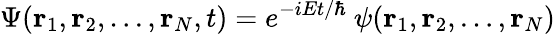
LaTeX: \Psi(\mathbf{r}_{1},\mathbf{r}_{2},\ldots,\mathbf{r}_{N},t)=e^{-iEt/\hbar}\ \psi(\mathbf{r}_{1},\mathbf{r}_{2},\ldots,\mathbf{r}_{N})